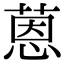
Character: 蒽